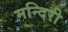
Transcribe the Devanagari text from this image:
मन्दिरी